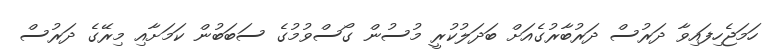
ހަމަޖެހިފައިވާ ދަރުސް ދަރުބާރުގެއަށް ބަދަލުކުރީ މުސުން ގޯސްވުމުގެ ސަބަބުން ކަމަށާއި މިރޭގެ ދަރުސް